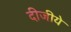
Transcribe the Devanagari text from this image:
दीजीये